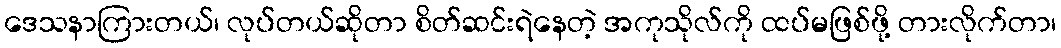
ဒေသနာကြားတယ်၊ လုပ်တယ်ဆိုတာ စိတ်ဆင်းရဲနေတဲ့ အကုသိုလ်ကို ထပ်မဖြစ်ဖို့ တားလိုက်တာ၊